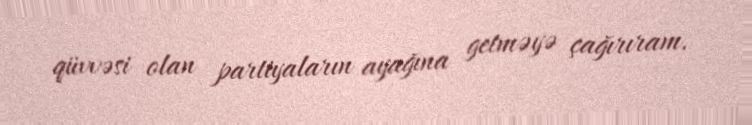
qüvvəsi olan partiyaların ayağına getməyə çağırıram.